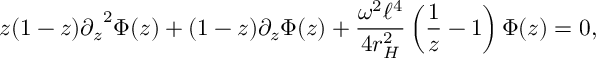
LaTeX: z ( 1 - z ) { \partial _ { z } } ^ { 2 } \Phi ( z ) + ( 1 - z ) \partial _ { z } \Phi ( z ) + \frac { \omega ^ { 2 } \ell ^ { 4 } } { 4 r _ { H } ^ { 2 } } \left( \frac { 1 } { z } - 1 \right) \Phi ( z ) = 0 ,